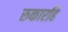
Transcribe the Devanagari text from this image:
रुकारहि